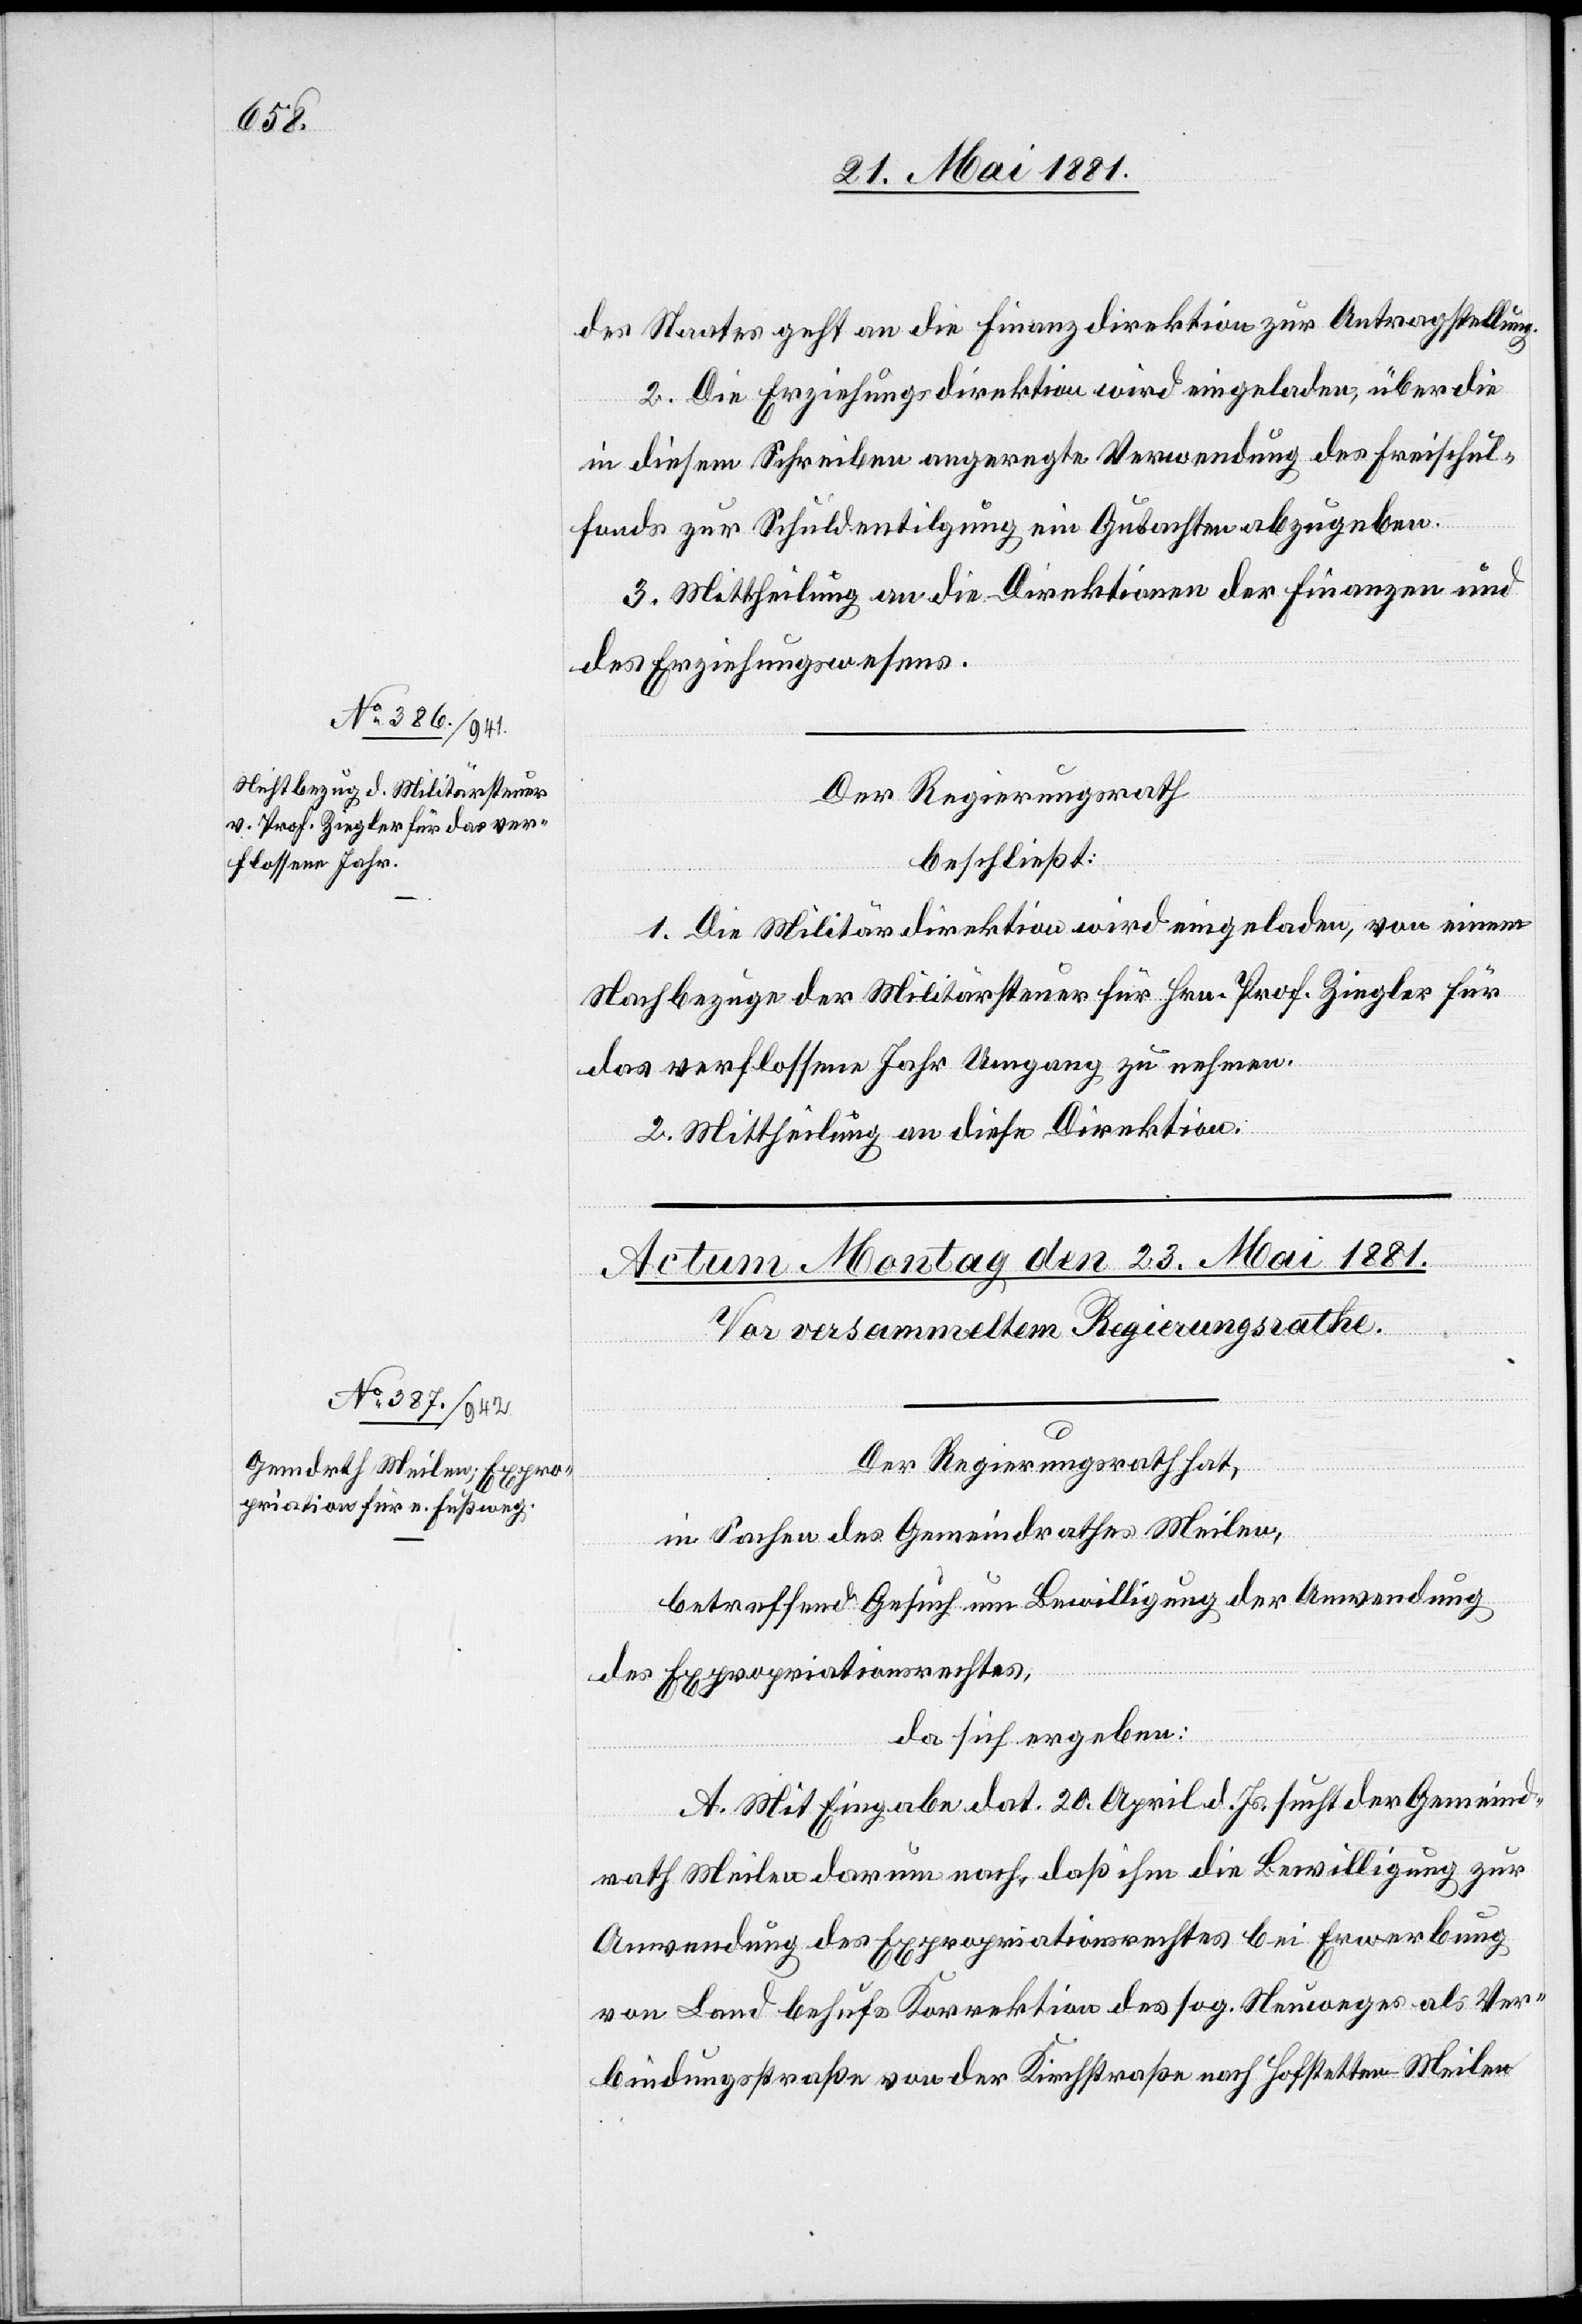
des Staates geht an die Finanzdirektion zur Antragstellung.
2. Die Erziehungsdirektion wird eingeladen, über die
in diesem Schreiben angeregte Verwendung des Freischul¬
fonds zur Schuldentilgung ein Gutachten abzugeben.
3. Mittheilung an die Direktion der Finanzen und
des Erziehungswesens.
Der Regierungsrath,
beschließt:
1. Die Militärdirektion wird eingeladen, von einem
Nachbezuge der Militärsteuer für Hrn. Prof. Ziegler für
das verflossene Jahr Umgang zu nehmen.
2. Mittheilung an diese Direktion
Der Regierungsrath hat,
in Sachen des Gemeindrathes Meilen,
betreffend Gesuch um Bewilligung der Anwendung
des Expropriationsrechtes,
da sich ergeben:
A. Mit Eingabe dat. 20. April d. Js. sucht der Gemeind¬
rath Meilen darum nach, daß ihm die Bewilligung zur
Anwendung des Expropriationsrechtes bei Erwerbung
von Land behufs Korrektion des sog. Neuweges als Ver¬
bindungsstraße von der Kirchstraße nach Hofstetten - Meilen